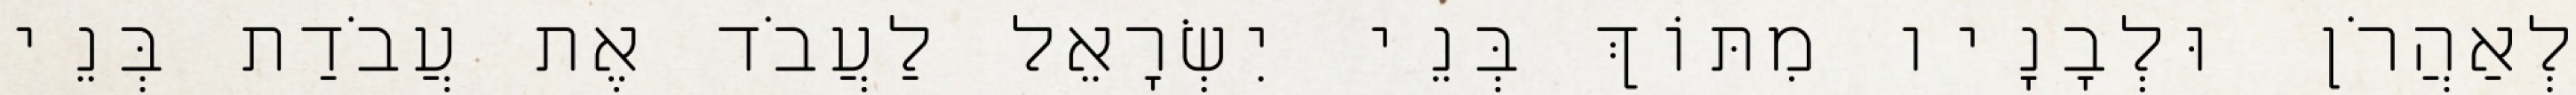
לְאַהֲרֹן וּלְבָנָיו מִתּוֹךְ בְּנֵי יִשְׂרָאֵל לַעֲבֹד אֶת עֲבֹדַת בְּנֵי